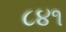
૮૪૧